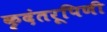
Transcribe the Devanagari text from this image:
कृदंतरूपिणी